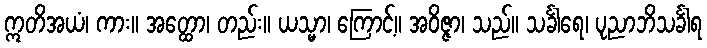
ဣတိအယံ၊ ကား။ အတ္ထော၊ တည်း။ ယသ္မာ၊ ကြောင့်။ အဝိဇ္ဇာ၊ သည်။ သင်္ခါရေ၊ ပုညာဘိသင်္ခါရ